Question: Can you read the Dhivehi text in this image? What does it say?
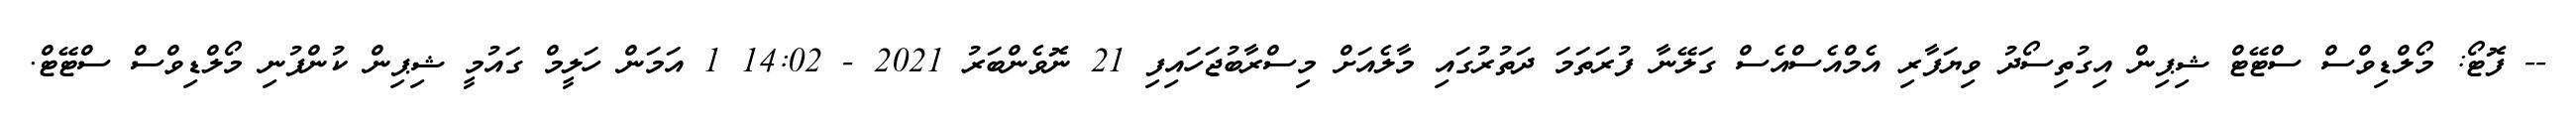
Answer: -- ފޮޓޯ: މޯލްޑިވްސް ސްޓޭޓް ޝިޕިން އިގުތިސޯދު ވިޔަފާރި އެމްއެސްއެސް ގަލޭނާ ފުރަތަމަ ދަތުރުގައި މާލެއަށް މިސްރާބުޖަހައިފި 21 ނޮވެންބަރު 2021 - 14:02 1 އަމަން ހަލީމް ގައުމީ ޝިޕިން ކުންފުނި މޯލްޑިވްސް ސްޓޭޓް.